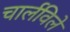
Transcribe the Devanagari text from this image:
चार्लविले